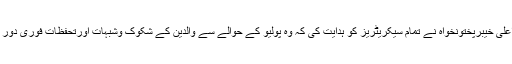
وزیراعلیٰ خیبرپختونخواہ نے تمام سیکریٹریز کو ہدایت کی کہ وہ پولیو کے حوالے سے والدین کے شکوک وشبہات اورتحفظات فوری دور کریں۔